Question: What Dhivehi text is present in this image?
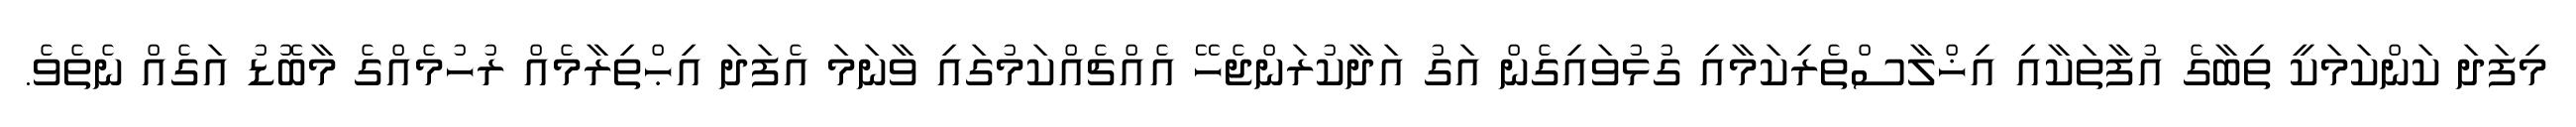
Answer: މިފަދަ ކަންކަމަކީ ތިބާގެ އުފާތަކާއި އިޚްލާސްތެރިކަމާއި ގުޅުވައިގެން އަގު އަދާކުރަންޖެހޭ އެއްޗެއްކަމުގައި ވާނަމަ އެފަދަ އިޙްތިރާމެއް ރުހުމެއްގެ މާބޮޑު އަގެއް ނެތެވެ.